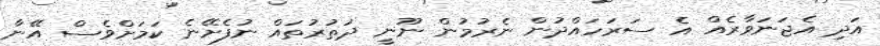
އަދި އެޖަނަވާރެއް އެ ސަރަހައްދުން ނެރުމުން ނޫނީ ދަތުރުތައް ނުފެށޭނެ ކަމަށްވެސް އޭނާ